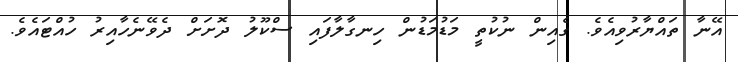
އޭނާ ތައްޔާރުވިއެވެ. ގެއިން ނުކުތީ މަޑުމަޑުން ހިނގާލާފައި ސްކޫލު ދޮށަށް ދެވޭނެހާއިރު ހުއްޓައެވެ.